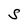
Character: S